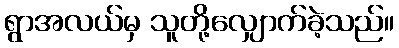
ရွာအလယ်မှ သူတို့လျှောက်ခဲ့သည်။